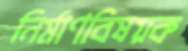
নির্মাণবিষয়ক